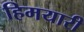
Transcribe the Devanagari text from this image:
हिमयारी